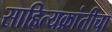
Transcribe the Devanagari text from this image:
साहित्यक्रांतीचा